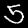
Label: 5